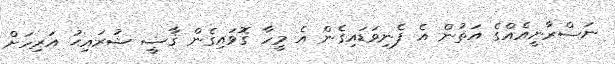
ނަސްރާނީއެއްގެ އަތުން އެ ފެނިވަޑައިގެން އެ މީހާ ގޮވައިގެން ޤާޟީ ޝުރައިޙު އަރިހަށް